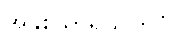
အနှစ်သာရယူကြပုံ